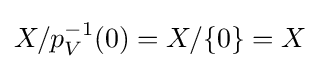
X/p_{V}^{-1}(0)=X/\{0\}=X